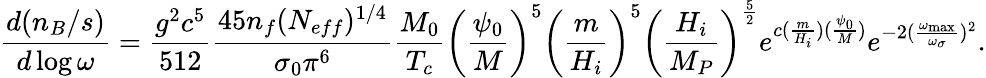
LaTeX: \frac{d(n_{B}/s)}{d\log{\omega}}=\frac{g^{2}c^{5}}{512}\frac{45n_{f}(N_{eff})^{1/4}}{\sigma_{0}\pi^{6}}\frac{M_{0}}{T_{c}}\biggl(\frac{\psi_{0}}{M}\biggr)^{5}\biggl(\frac{m}{H_{i}}\biggr)^{5}\biggl(\frac{H_{i}}{M_{P}}\biggr)^{\frac{5}{2}}e^{c(\frac{m}{H_{i}})(\frac{\psi_{0}}{M})}e^{-2(\frac{\omega_{\mathrm{max}}}{\omega_{\sigma}})^{2}}.